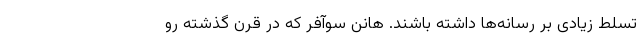
تسلط زیادی بر رسانه‌ها داشته باشند. هانن سوآفر که در قرن گذشته رو